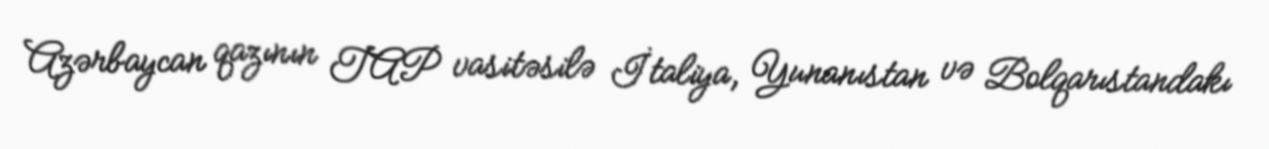
Azərbaycan qazının TAP vasitəsilə İtaliya, Yunanıstan və Bolqarıstandakı